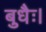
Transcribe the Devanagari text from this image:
बुधैः।